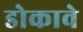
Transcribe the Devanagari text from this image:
डोकावे